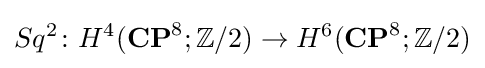
Sq^{2}\colon H^{4}(\mathbf {CP} ^{8};\mathbb {Z} /2)\to H^{6}(\mathbf {CP} ^{8};\mathbb {Z} /2)